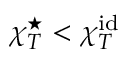
\chi _ { T } ^ { \star } < \chi _ { T } ^ { \mathrm { i d } }